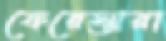
ফেরেস্তারা